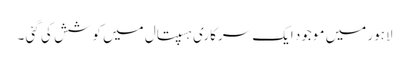
لاہور میں موجود ایک سرکاری ہسپتال میں کوشش کی گئی ۔